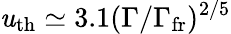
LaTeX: \mathit{u}_{\mathrm{{th}}}\simeq3.1(\Gamma/\Gamma_{\mathrm{{fr}}})^{2/5}